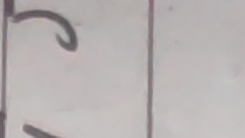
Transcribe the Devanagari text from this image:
ट